Civil Veterinary Department Bengal reports 1933-51 - 1933-1951
Year: 1933
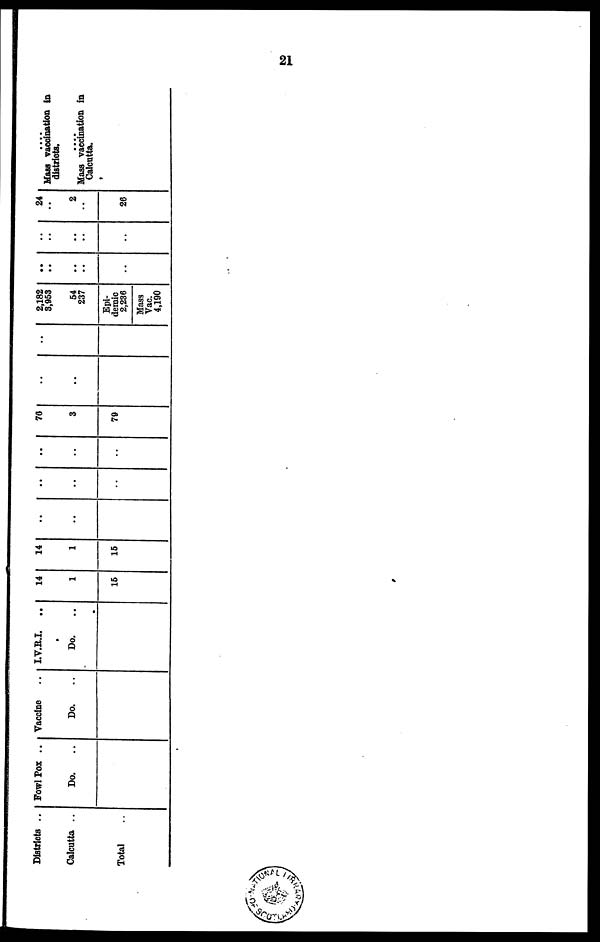
21
Districts ..
Calcutta ..
Total ..
Fowl Pox ..
Do. ..
Vaccine ..
Do. ..
I.V.E.I.
..
Do. ..
14
1
15
14
1
15
..
..
..
..
..
..
..
..
76
3
79
..
..
..
..
..
..
2,182
3,053
54
237
Epi-
demic
2,236
Mass
Vac.
4,190
..
..
..
..
..
..
..
..
..
..
..
..
24
..
2
26
Mass vaccination in
districts.
Mass vaccination in
Calcutta.